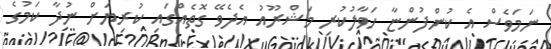
ނަމަވެސް އެ ކުންފުންޏާ ހަވާލުކުރި މަޝްރޫއު އެދެވޭ ގޮތެއްގައި ކުރިޔަށް ނުދާ ކަމުގެ